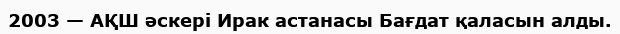
2003 — АҚШ әскері Ирак астанасы Бағдат қаласын алды.